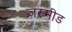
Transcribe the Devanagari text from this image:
जस्मीड